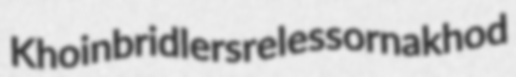
Khoin bridlers relessor nakhod